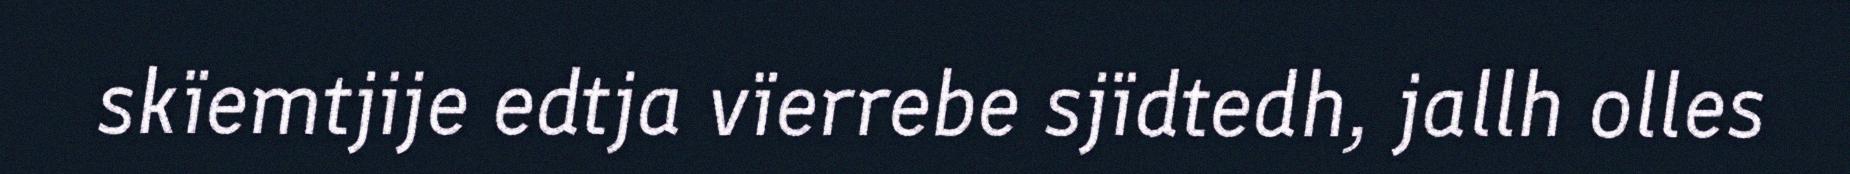
skïemtjije edtja vïerrebe sjïdtedh, jallh olles